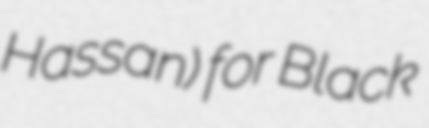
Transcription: Hassan) for Black